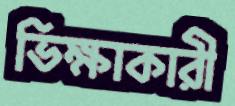
ভিক্ষাকারী